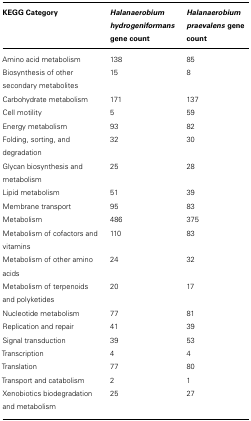
| KEGG Category | Halanaerobium hydrogeniformans gene count | Halanaerobium praevalens gene count |
 | --- | --- | --- |
 | Amino acid metabolism | 138 | 85 |
 | Biosynthesis of other secondary metabolites | 15 | 8 |
 | Carbohydrate metabolism | 171 | 137 |
 | Cell motility | 5 | 59 |
 | Energy metabolism | 93 | 82 |
 | Folding, sorting, and degradation | 32 | 30 |
 | Glycan biosynthesis and metabolism | 25 | 28 |
 | Lipid metabolism | 51 | 39 |
 | Membrane transport | 95 | 83 |
 | Metabolism | 486 | 375 |
 | Metabolism of cofactors and vitamins | 110 | 83 |
 | Metabolism of other amino acids | 24 | 32 |
 | Metabolism of terpenoids and polyketides | 20 | 17 |
 | Nucleotide metabolism | 77 | 81 |
 | Replication and repair | 41 | 39 |
 | Signal transduction | 39 | 53 |
 | Transcription | 4 | 4 |
 | Translation | 77 | 80 |
 | Transport and catabolism | 2 | 1 |
 | Xenobiotics biodegradation and metabolism | 25 | 27 |